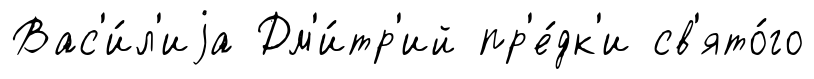
Вас'и́л'иjа Дм'и́тр'ий пр'е́дк'и св'ято́го